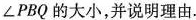
\angle PBQ的大小，并说明理由.